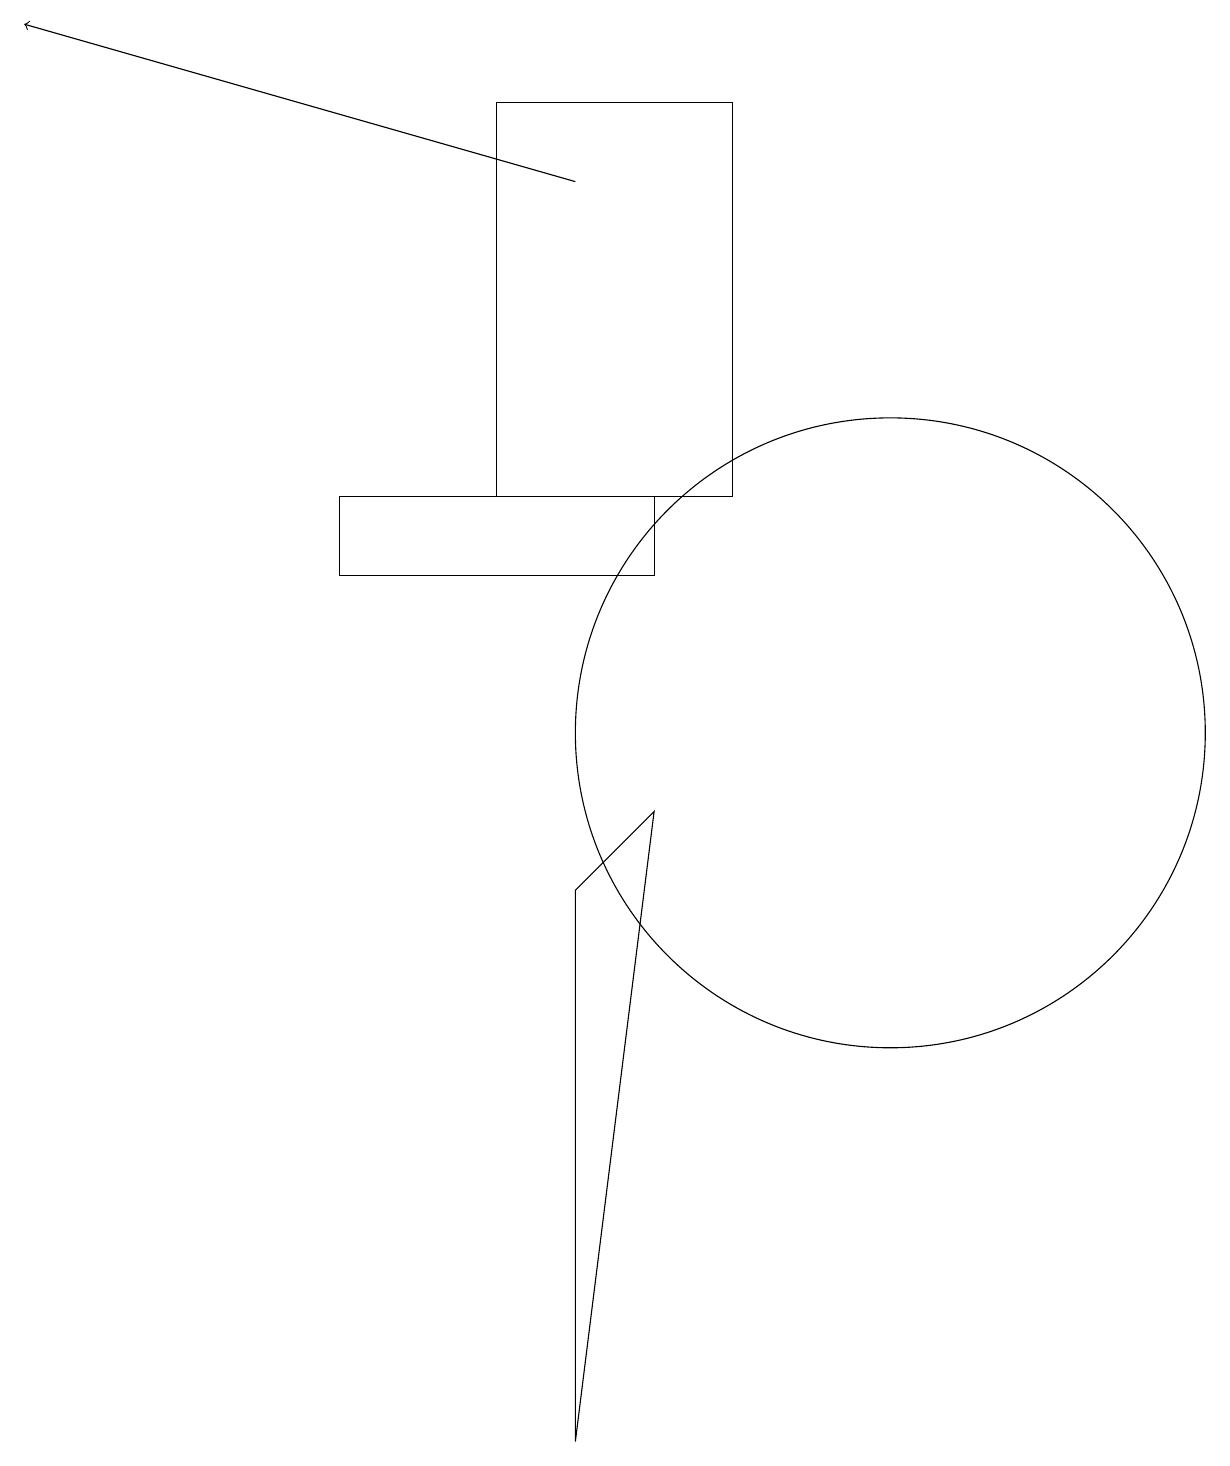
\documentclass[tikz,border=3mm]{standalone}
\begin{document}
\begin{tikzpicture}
\draw[->] (7,17) -- (0,19);
\draw (11,10) circle (4);
\draw (8,12) rectangle (4,13);
\draw (7,1) -- (7,8) -- (8,9) -- cycle;
\draw (9,13) rectangle (6,18);
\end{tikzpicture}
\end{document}